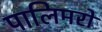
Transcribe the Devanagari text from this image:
पालिमरों